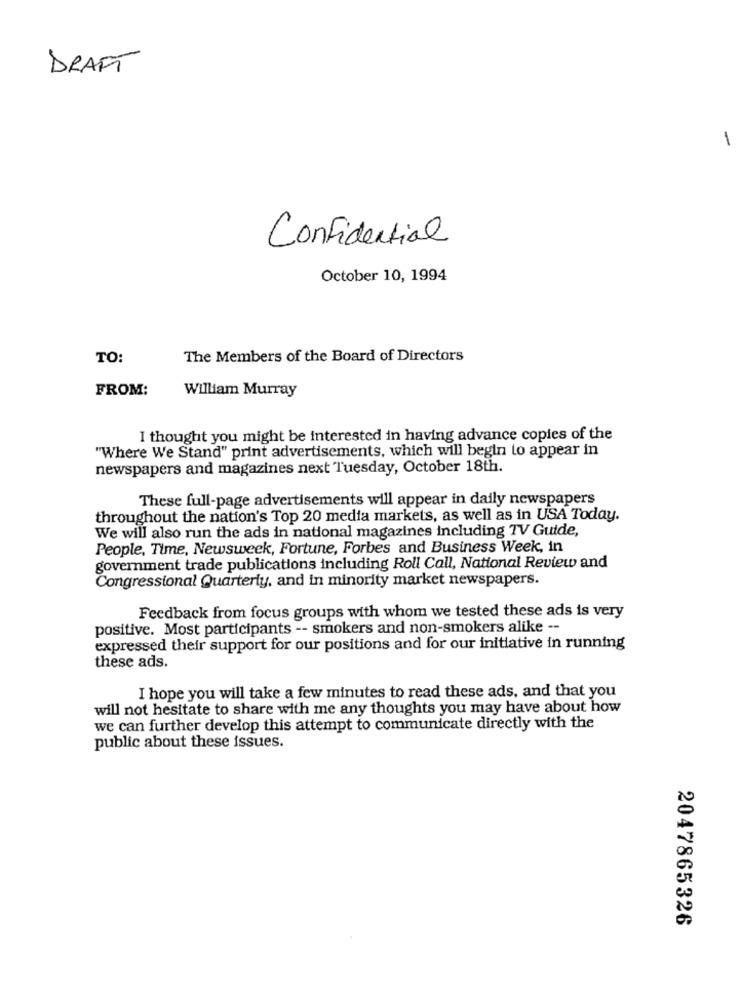
DRAFT
-
Confidential
October 10, 1994
TO:
The Members of the Board of Directors
FROM:
William Murray
I thought you might be interested in having advance copies of the
"Where We Stand" print advertisements, which will begin to appear in
newspapers and magazines next Tuesday, October 18th.
These full-page advertisements will appear in daily newspapers
throughout the nation's Top 20 media markets, as well as in USA Today.
We will also run the ads in national magazines including TV Guide,
People, Time, Newsweek, Fortune, Forbes and Business Week, in
government trade publications including Roll Call, National Review and
Congressional Quarterly, and in minority market newspapers.
Feedback from focus groups with whom we tested these ads is very
positive. Most participants -- smokers and non-smokers alike --
expressed their support for our positions and for our initiative in running
these ads.
I hope you will take a few minutes to read these ads, and that you
will not hesitate to share with me any thoughts you may have about how
we can further develop this attempt to communicate directly with the
public about these issues.
2047865326